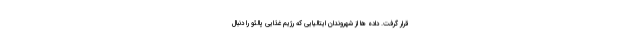
قرار گرفت. داده ها از شهروندان ایتالیایی که رژیم غذایی پالئو را دنبال